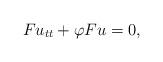
LaTeX: \begin{align*} F u _ { t t } + \varphi F u = 0 ,\end{align*}